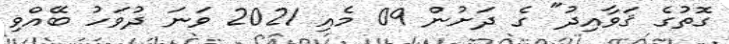
ގޮތުގެ ޤަވާއިދު" ގެ ދަށުން 09 މެއި 2021 ވަނަ ދުވަހު ބޭއްވި